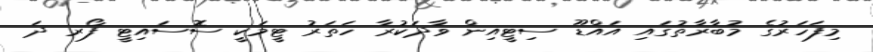
މިފަހަރުގެ މުބާރާތުގައި އައްޑޫ ސިޓީއިން ވާދަކުރާ ހަތަރު ޓީމަކީ ސޮސައިޓީ ފޯރ ދަ